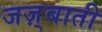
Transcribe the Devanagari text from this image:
जज़्बाती